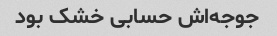
جوجه‌اش حسابی خشک بود